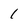
Character: 1